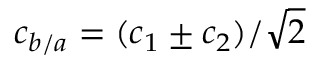
c _ { b / a } = ( c _ { 1 } \pm c _ { 2 } ) / \sqrt { 2 }